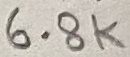
Text: 6.8K